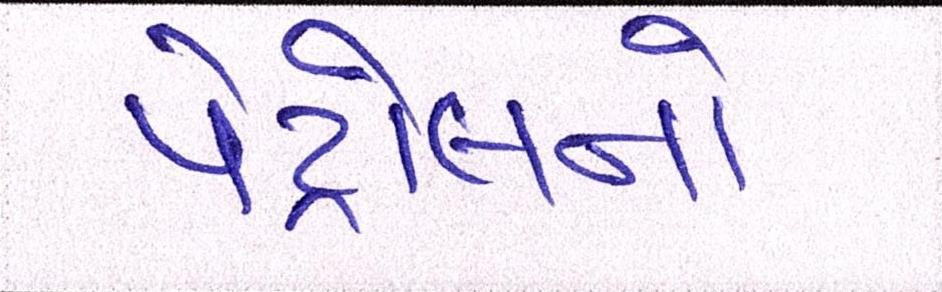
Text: પેટ્રોલનો